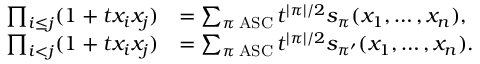
\begin{array} { r l } { \prod _ { i \leq j } ( 1 + t x _ { i } x _ { j } ) } & { = \sum _ { \pi \operatorname { A S C } } t ^ { | \pi | / 2 } s _ { \pi } ( x _ { 1 } , \ldots , x _ { n } ) , } \\ { \prod _ { i < j } ( 1 + t x _ { i } x _ { j } ) } & { = \sum _ { \pi \operatorname { A S C } } t ^ { | \pi | / 2 } s _ { \pi ^ { \prime } } ( x _ { 1 } , \ldots , x _ { n } ) . } \end{array}